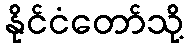
နိုင်ငံတော်သို့